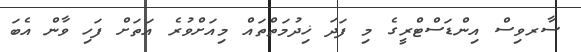
ސާރވިސް އިންޑަސްޓްރީގެ މި ފަދަ ޚިދުމަތްތައް މިއަށްވުރެ އަތަށް ފަހި ވާން އެބަ